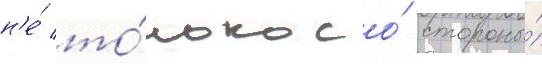
н'е́ то́лько со́ стороны́